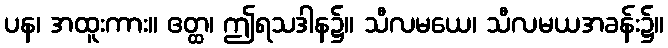
ပန၊ အထူးကား။ ဧတ္ထ၊ ဤရသဒါန၌။ သီလမယေ၊ သီလမယအခန်း၌။